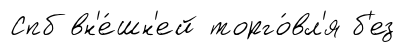
Спб вн'е́шн'ей торго́вл'я б'ез